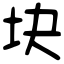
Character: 块